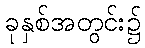
ခုနှစ်အတွင်း၌